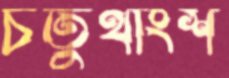
চতুথাংশ